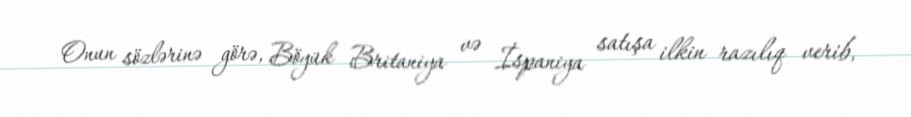
Onun sözlərinə görə, Böyük Britaniya və İspaniya satışa ilkin razılıq verib,